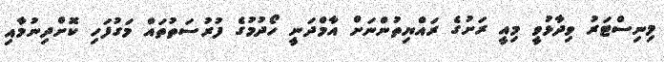
މިނިސްޓަރު ވިދާޅުވީ މިއީ ރަށުގެ ރައްޔިތުުންނަށް އާމްދަނީ ހޯދުމުގެ ފުރުސަތުތައް މަގުފަހި ކޮށްދިނުމާއި